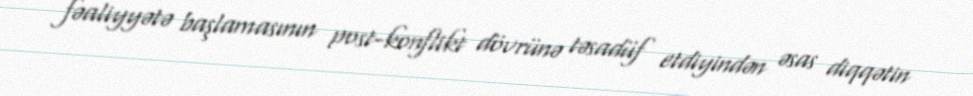
fəaliyyətə başlamasının post-konflikt dövrünə təsadüf etdiyindən əsas diqqətin